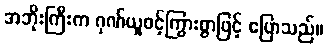
အဘိုးကြီးက ဂုဏ်ယူဝင့်ကြွားစွာဖြင့် ပြောသည်။